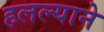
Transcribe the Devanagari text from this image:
हलल्याने